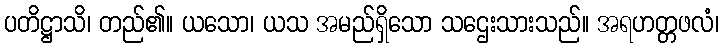
ပတိဋ္ဌာသိ၊ တည်၏။ ယသော၊ ယသ အမည်ရှိသော သဌေးသားသည်။ အရဟတ္တဖလံ၊